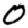
Digit: 0